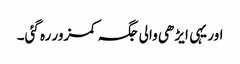
اور یہی ایڑھی والی جگہ کمزور رہ گئی۔